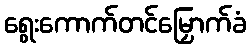
ရွေးကောက်တင်မြှောက်ခံ